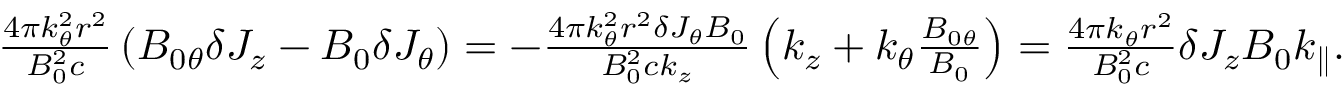
\begin{array} { r } { \frac { 4 \pi k _ { \theta } ^ { 2 } r ^ { 2 } } { B _ { 0 } ^ { 2 } c } \left( B _ { 0 \theta } \delta J _ { z } - B _ { 0 } \delta J _ { \theta } \right) = - \frac { 4 \pi k _ { \theta } ^ { 2 } r ^ { 2 } \delta J _ { \theta } B _ { 0 } } { B _ { 0 } ^ { 2 } c k _ { z } } \left( k _ { z } + k _ { \theta } \frac { B _ { 0 \theta } } { B _ { 0 } } \right) = \frac { 4 \pi k _ { \theta } r ^ { 2 } } { B _ { 0 } ^ { 2 } c } \delta J _ { z } B _ { 0 } k _ { \parallel } . } \end{array}